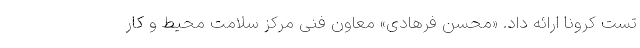
تست کرونا ارائه داد. «محسن فرهادی» معاون فنی مرکز سلامت محیط و کار